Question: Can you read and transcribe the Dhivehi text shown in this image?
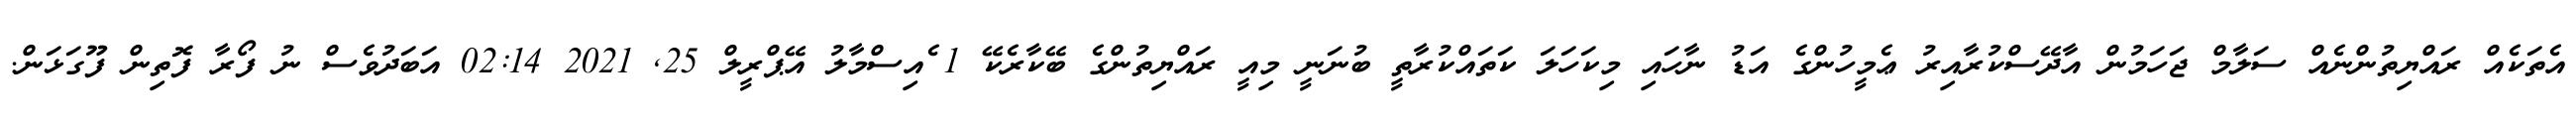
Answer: އެތަކެއް ރައްޔިތުންނެއް ސަލާމް ޖަހަމުން އާދޭސްކުރާއިރު ޢެމީހުންގެ އަޑު ނާހައި މިކަހަލަ ކަތައްކުރާތީ ބުނަނީ މިއީ ރައްޔިތުންގެ ބޭކާރެކޭ 1 ެއިސްމާލު އޭޕްރީލް 25, 2021 02:14 އަބަދުވެސް ނު ފޯރާ ފޮތިން ފޫގަޅަން.